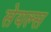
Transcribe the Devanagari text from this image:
सेयल्स